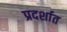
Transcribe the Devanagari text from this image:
प्रदर्शात